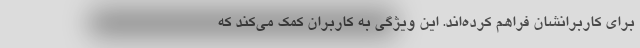
برای کاربرانشان فراهم کرده‌اند. این ویژگی به کاربران کمک می‌کند که